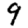
Digit: 9